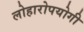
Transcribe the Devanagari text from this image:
लोहारोपयोगी